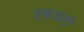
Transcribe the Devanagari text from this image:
एकधारी